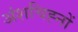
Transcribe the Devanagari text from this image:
अंशचिह्नों